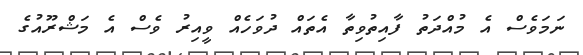
ނަމަވެސް އެ މުއްދަތު ފާއިތުވިތާ އެތައް ދުވަހެއް ވީއިރު ވެސް އެ މަޝްރޫއުގެ